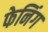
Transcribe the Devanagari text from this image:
फेनिंग